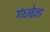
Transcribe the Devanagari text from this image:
गंधबेना